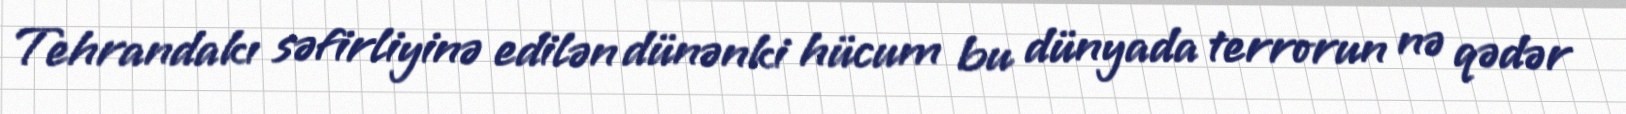
Tehrandakı səfirliyinə edilən dünənki hücum bu dünyada terrorun nə qədər